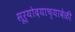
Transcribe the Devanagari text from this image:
सूर्योदयाच्यावेळी